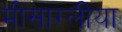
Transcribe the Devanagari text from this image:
मीसाग्लीया